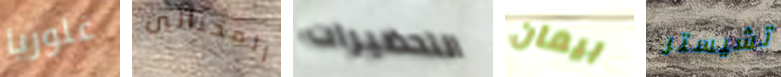
غلوريا المحتالين التحضيرات بيمان تشيستر